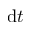
\textrm d t